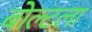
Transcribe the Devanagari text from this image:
बोल्टला